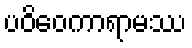
ပဝိဝေကာရာမဿ